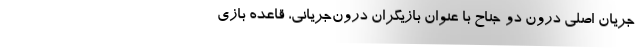
جریان اصلی درون دو جناح با عنوان بازیگران درون‌جریانی، قاعده بازی